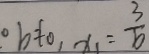
0 b \neq 0 , x _ { 1 } = \frac { 3 } { 6 }